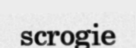
scrogie